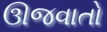
ઊજવાતો